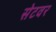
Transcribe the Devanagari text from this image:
सेटवर